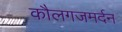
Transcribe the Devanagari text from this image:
कौलगजमर्दन